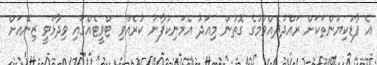
އެ ފާޑުކިޔުންތަކަށް ރައްދުދެއްވުމުގެ ގޮތުން މިއަދު އެމަނިކުފާނު ކުރެއްވި ޓްވީޓެއްގައި ވިދާޅުވީ ޒިނޭއަށް